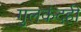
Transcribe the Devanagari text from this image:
गुलकंदही